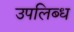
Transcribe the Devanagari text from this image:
उपलिब्ध